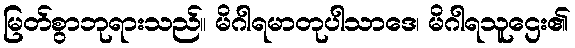
မြတ်စွာဘုရားသည်။ မိဂါရမာတုပါသာဒေ၊ မိဂါရသူဌေး၏